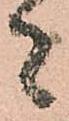
者